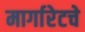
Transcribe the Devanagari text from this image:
मार्गारेटचे